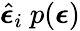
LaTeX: \hat{\boldsymbol{\epsilon}}_{i}~p(\boldsymbol{\epsilon})